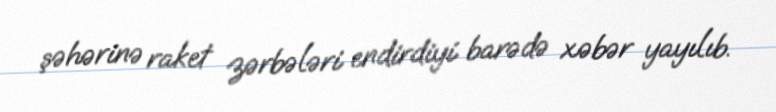
şəhərinə raket zərbələri endirdiyi barədə xəbər yayılıb.